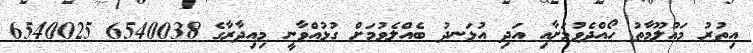
އިތުރު މަޢުލޫމާތު ހޯއްދެވުމަށާއި އަދި އުޅަނދު ބެއްލެވުމަށް ގުޅުއްވާނީ މިއިދާރާގެ 6540038 6540025